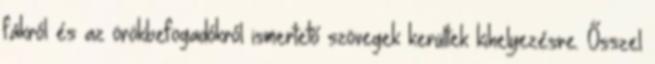
fákról és az örökbefogadókról ismertető szövegek kerültek kihelyezésre. Ősszel